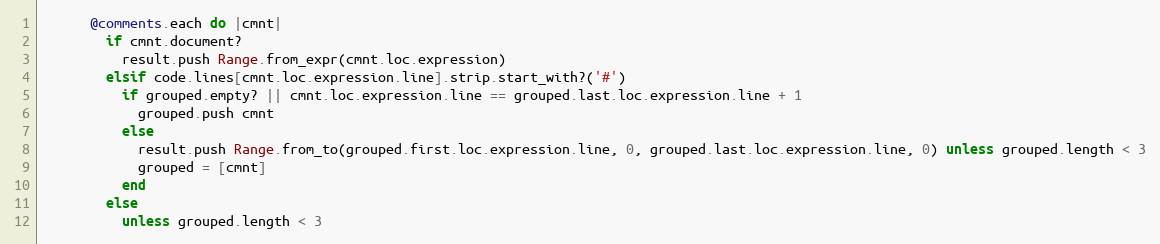
Language: Ruby
      @comments.each do |cmnt|
        if cmnt.document?
          result.push Range.from_expr(cmnt.loc.expression)
        elsif code.lines[cmnt.loc.expression.line].strip.start_with?('#')
          if grouped.empty? || cmnt.loc.expression.line == grouped.last.loc.expression.line + 1
            grouped.push cmnt
          else
            result.push Range.from_to(grouped.first.loc.expression.line, 0, grouped.last.loc.expression.line, 0) unless grouped.length < 3
            grouped = [cmnt]
          end
        else
          unless grouped.length < 3